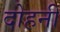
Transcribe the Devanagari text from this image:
दोहनी